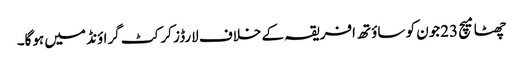
چھٹا میچ 23جون کو ساؤتھ افریقہ کے خلاف لارڈز کرکٹ گراؤنڈ میں ہوگا۔